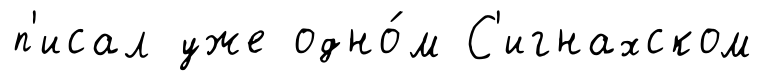
п'исал уже одно́м С'игнахском